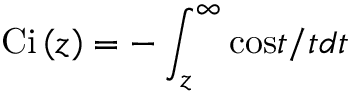
\mathrm { C i } \left( z \right) = - \int _ { z } ^ { \infty } \mathrm { c o s } t / t d t